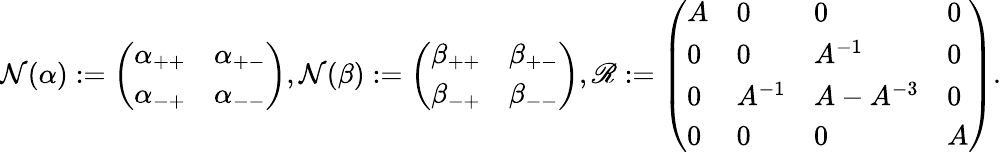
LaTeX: \mathcal{N}(\alpha):=\left(\begin{array}{ll}{\alpha_{++}}&{\alpha_{+-}}\\ {\alpha_{-+}}&{\alpha_{--}}\end{array}\right),\mathcal{N}(\beta):=\left(\begin{array}{ll}{\beta_{++}}&{\beta_{+-}}\\ {\beta_{-+}}&{\beta_{--}}\end{array}\right),\mathscr{{R}}:=\left(\begin{array}{llll}{A}&{0}&{0}&{0}\\ {0}&{0}&{A^{-1}}&{0}\\ {0}&{A^{-1}}&{A-A^{-3}}&{0}\\ {0}&{0}&{0}&{A}\end{array}\right).